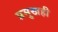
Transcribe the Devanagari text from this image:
प्रमुखही